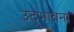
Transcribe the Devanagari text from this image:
उद्‌भावना